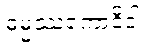
ဓမ္မဿကောဝိဒါ